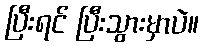
ပြီးရင် ပြီးသွားမှာပဲ။